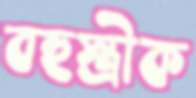
বহুস্ত্রীক